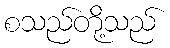
စသည်တို့သည်